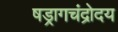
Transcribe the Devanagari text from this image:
षड्रागचंद्रोदय